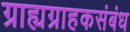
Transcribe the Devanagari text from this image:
ग्राह्यग्राहकसंबंध